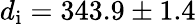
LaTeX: d_{\mathrm{i}}=343.9\pm 1.4